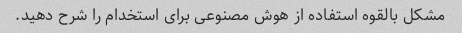
مشکل بالقوه استفاده از هوش مصنوعی برای استخدام را شرح دهید.